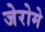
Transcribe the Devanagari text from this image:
जेरोमे